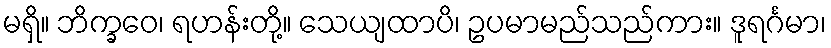
မရှိ။ ဘိက္ခဝေ၊ ရဟန်းတို့။ သေယျထာပိ၊ ဥပမာမည်သည်ကား။ ဒူရင်္ဂမာ၊